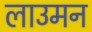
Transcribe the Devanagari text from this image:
लाउमन